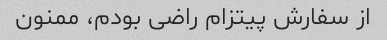
از سفارش پیتزام راضی بودم، ممنون